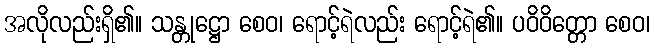
အလိုလည်းရှိ၏။ သန္တုဋ္ဌော စေဝ၊ ရောင့်ရဲလည်း ရောင့်ရဲ၏။ ပဝိဝိတ္တော စေဝ၊